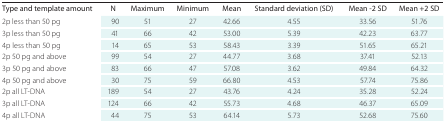
| Type and template amount | N | Maximum | Minimum | Mean | Standard deviation (SD) | Mean -2 SD | Mean +2 SD |
 | --- | --- | --- | --- | --- | --- | --- | --- |
 | 2p less than 50 pg | 90 | 51 | 27 | 42.66 | 4.55 | 33.56 | 51.76 |
 | 3p less than 50 pg | 41 | 66 | 42 | 53.00 | 5.39 | 42.23 | 63.77 |
 | 4p less than 50 pg | 14 | 65 | 53 | 58.43 | 3.39 | 51.65 | 65.21 |
 | 2p 50 pg and above | 99 | 54 | 27 | 44.77 | 3.68 | 37.41 | 52.13 |
 | 3p 50 pg and above | 83 | 66 | 47 | 57.08 | 3.62 | 49.84 | 64.32 |
 | 4p 50 pg and above | 30 | 75 | 59 | 66.80 | 4.53 | 57.74 | 75.86 |
 | 2p all LT-DNA | 189 | 54 | 27 | 43.76 | 4.24 | 35.28 | 52.24 |
 | 3p all LT-DNA | 124 | 66 | 42 | 55.73 | 4.68 | 46.37 | 65.09 |
 | 4p all LT-DNA | 44 | 75 | 53 | 64.14 | 5.73 | 52.68 | 75.60 |